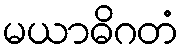
မယာဓိဂတံ